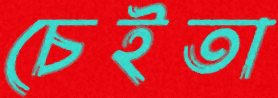
চেইতা